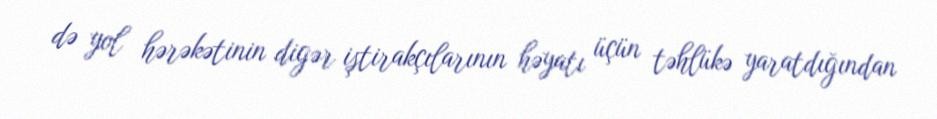
də yol hərəkətinin digər iştirakçılarının həyatı üçün təhlükə yaratdığından